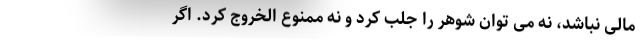
مالی نباشد، نه می توان شوهر را جلب کرد و نه ممنوع الخروج کرد. اگر